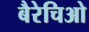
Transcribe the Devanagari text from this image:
बैरेचिओ